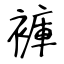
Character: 褲